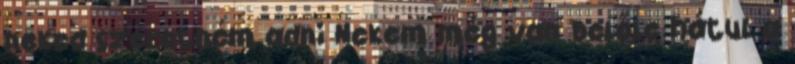
neked szeretném adni Nekem még van belőle hátul a